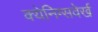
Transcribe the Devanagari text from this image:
क्येनिग्सवेर्ख